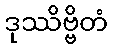
ဒုဿိဗ္ဗိတံ